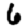
Digit: 6